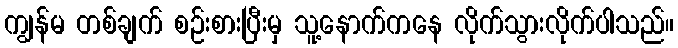
ကျွန်မ တစ်ချက် စဉ်းစားပြီးမှ သူ့နောက်ကနေ လိုက်သွားလိုက်ပါသည်။